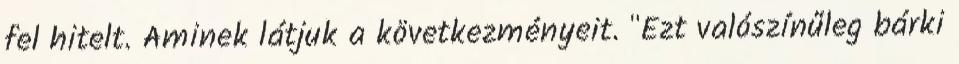
fel hitelt. Aminek látjuk a következményeit. "Ezt valószínűleg bárki